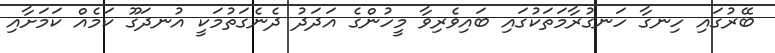
ބޭރުގައި ހިނގާ ހަނގުރާމަތަކުގައި ބައިވެރިވާ މީހުންގެ އަދަދު ދެނެގަތުމަކީ އުނދަގޫ ކަމެއް ކަމަށާއި